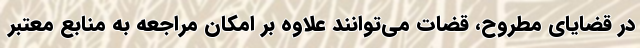
در قضایای مطروح، قضات می‌توانند علاوه بر امکان مراجعه به منابع معتبر